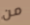
من